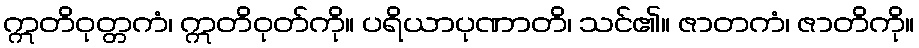
ဣတိဝုတ္တကံ၊ ဣတိဝုတ်ကို။ ပရိယာပုဏာတိ၊ သင်၏။ ဇာတကံ၊ ဇာတိကို။